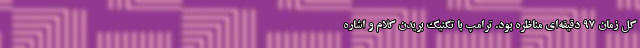
کل زمان 97 دقیقه‌ای مناظره بود. ترامپ با تکنیک بریدن کلام و اشاره